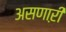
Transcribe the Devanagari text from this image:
असणाऱी